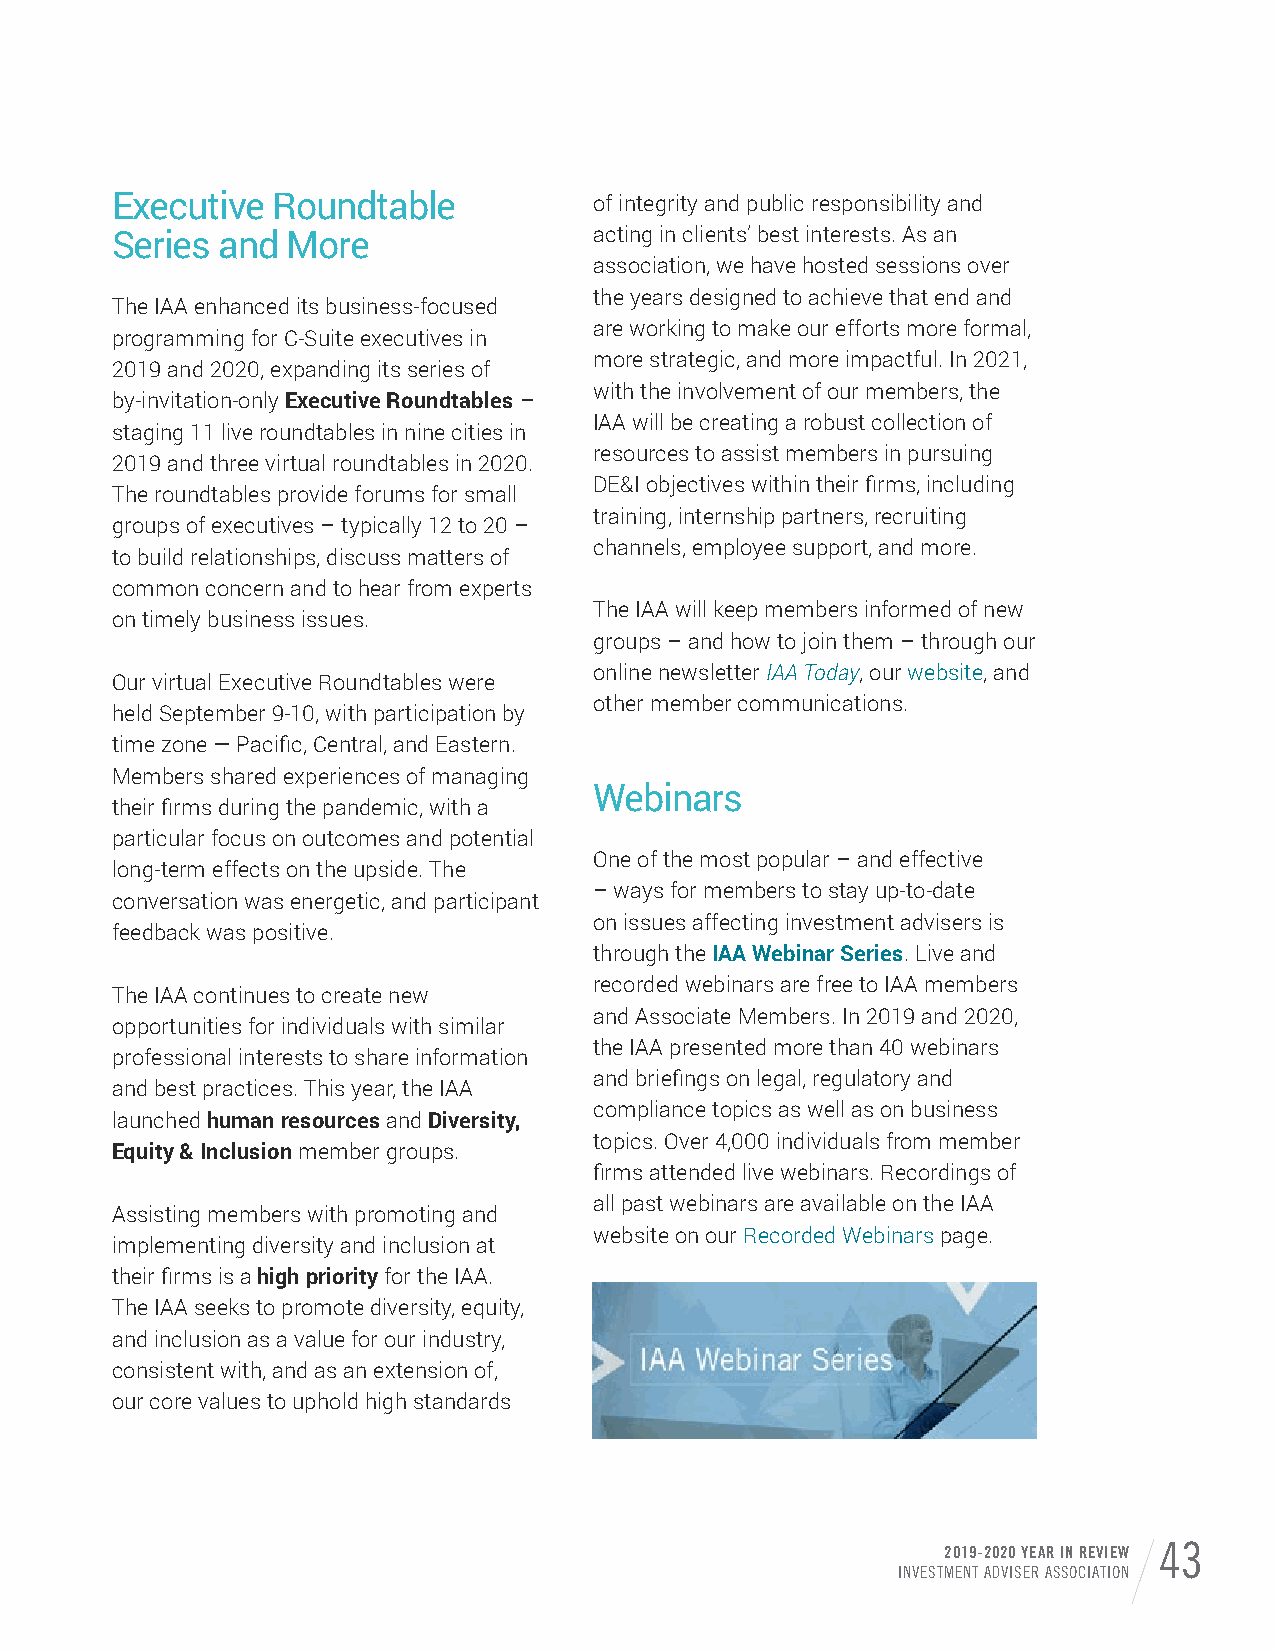
Executive  Roundtable           of integrity and public responsibility and
 Series and  More                acting in clients’ best interests. As an
 association, we have hosted sessions over
 the years designed to achieve that end and
 The IAA enhanced its business-focused
 are working to make our efforts more formal,
 programming for C-Suite executives in
 more strategic, and more impactful. In 2021,
 2019 and 2020, expanding its series of
 with the involvement of our members, the
 by-invitation-only Executive Roundtables –
 IAA will be creating a robust collection of
 staging 11 live roundtables in nine cities in
 resources to assist members in pursuing
 2019 and three virtual roundtables in 2020.
 DE&I objectives within their firms, including
 The roundtables provide forums for small
 training, internship partners, recruiting
 groups of executives – typically 12 to 20 –
 channels, employee support, and more.
 to build relationships, discuss matters of
 common concern and to hear from experts
 The IAA will keep members informed of new
 on timely business issues.
 groups – and how to join them – through our
 online newsletter IAA Today, our website, and
 Our virtual Executive Roundtables were
 other member communications.
 held September 9-10, with participation by
 time zone — Pacific, Central, and Eastern.
 Members shared experiences of managing
 Webinars
 their firms during the pandemic, with a
 particular focus on outcomes and potential
 One of the most popular – and effective
 long-term effects on the upside. The
 – ways for members to stay up-to-date
 conversation was energetic, and participant
 on issues affecting investment advisers is
 feedback was positive.
 through the IAA Webinar Series. Live and
 recorded webinars are free to IAA members
 The IAA continues to create new
 and Associate Members. In 2019 and 2020,
 opportunities for individuals with similar
 the IAA presented more than 40 webinars
 professional interests to share information
 and briefings on legal, regulatory and
 and best practices. This year, the IAA
 compliance topics as well as on business
 launched human resources and Diversity,
 topics. Over 4,000 individuals from member
 Equity & Inclusion member groups.
 firms attended live webinars. Recordings of
 all past webinars are available on the IAA
 Assisting members with promoting and
 website on our Recorded Webinars page.
 implementing diversity and inclusion at
 their firms is a high priority for the IAA.
 The IAA seeks to promote diversity, equity,
 and inclusion as a value for our industry,
 consistent with, and as an extension of,
 our core values to uphold high standards
 2019-2020 YEAR IN REVIEW 43
 INVESTMENT ADVISER ASSOCIATION